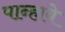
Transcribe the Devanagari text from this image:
पान्हावे